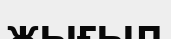
жығыл